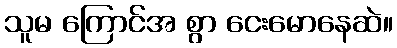
သူမ ကြောင်အ စွာ ငေးမောနေဆဲ။